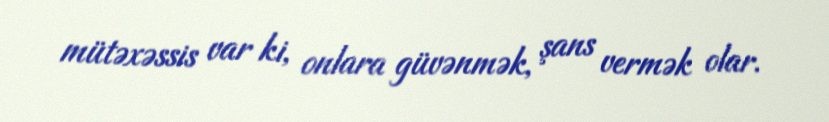
mütəxəssis var ki, onlara güvənmək, şans vermək olar.